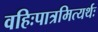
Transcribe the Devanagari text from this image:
वहिःपात्रमित्यर्थः